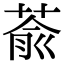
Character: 萮